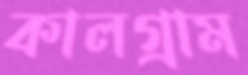
কালগ্রাম